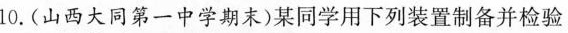
10.(山西大同第一中学期末)某同学用下列装置制备并检验